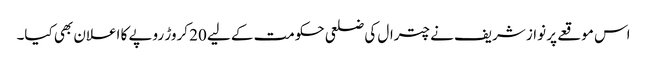
اس موقعے پر نواز شریف نے چترال کی ضلعی حکومت کے لیے 20 کروڑ روپے کا اعلان بھی کیا۔